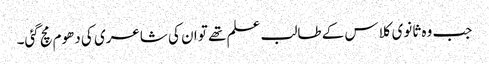
جب وہ ثانوی کلاس کے طالب علم تھے تو ان کی شاعری کی دھوم مچ گئی۔